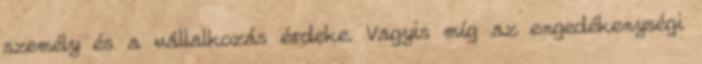
személy és a vállalkozás érdeke. Vagyis míg az engedékenységi